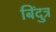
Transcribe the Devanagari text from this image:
बिंदुत्र